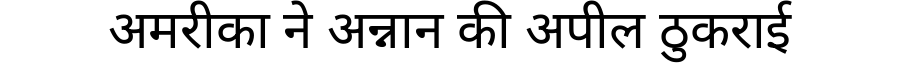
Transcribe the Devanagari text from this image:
अमरीका ने अन्नान की अपील ठुकराई